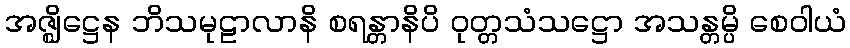
အဇ္ဈိဋ္ဌေန ဘိသမုဠာလာနိ စရန္တာနိပိ ဝုတ္တသံသဋ္ဌော အသန္တမ္ပိ စေဝါယံ